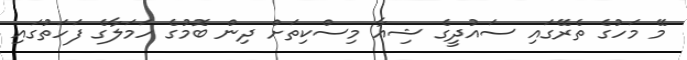
މޭ މަހުގެ ތެރޭގައި ސައުދީގެ ޝިއާ މިސްކިތަށް ދިން ބޮމުގެ ހަމަލާގެ ފަހަތުގައި